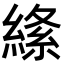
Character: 𦃡